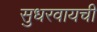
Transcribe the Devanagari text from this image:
सुधरवायची